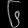
Digit: ၆